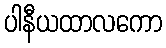
ပါနီယထာလကော